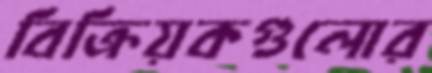
বিক্রিয়কগুলোর